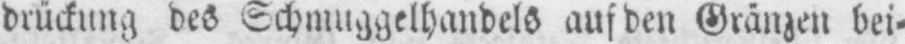
drückung des Schmuggelhandels auf den Gränzen bei⸗